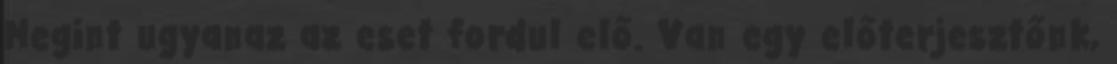
Megint ugyanaz az eset fordul elő. Van egy előterjesztőnk,